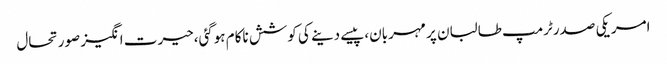
امریکی صدرٹرمپ طالبان پر مہربان،پیسے دینے کی کوشش ناکام ہوگئی،حیرت انگیز صورتحال